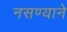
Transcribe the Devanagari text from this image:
नसण्याने